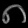
Digit: ၈